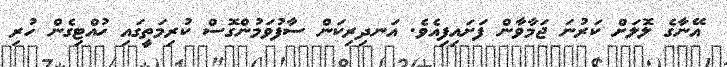
އޭނާގެ ލޮލަށް ކަރުނަ ޖަމާވާން ފަށައިފިއެވެ. އަނދިރިކަން ސާފުވަމުންގޮސް ކުރިމަތީގައި ހުއްޓިގެން ހުރި